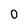
Character: 0